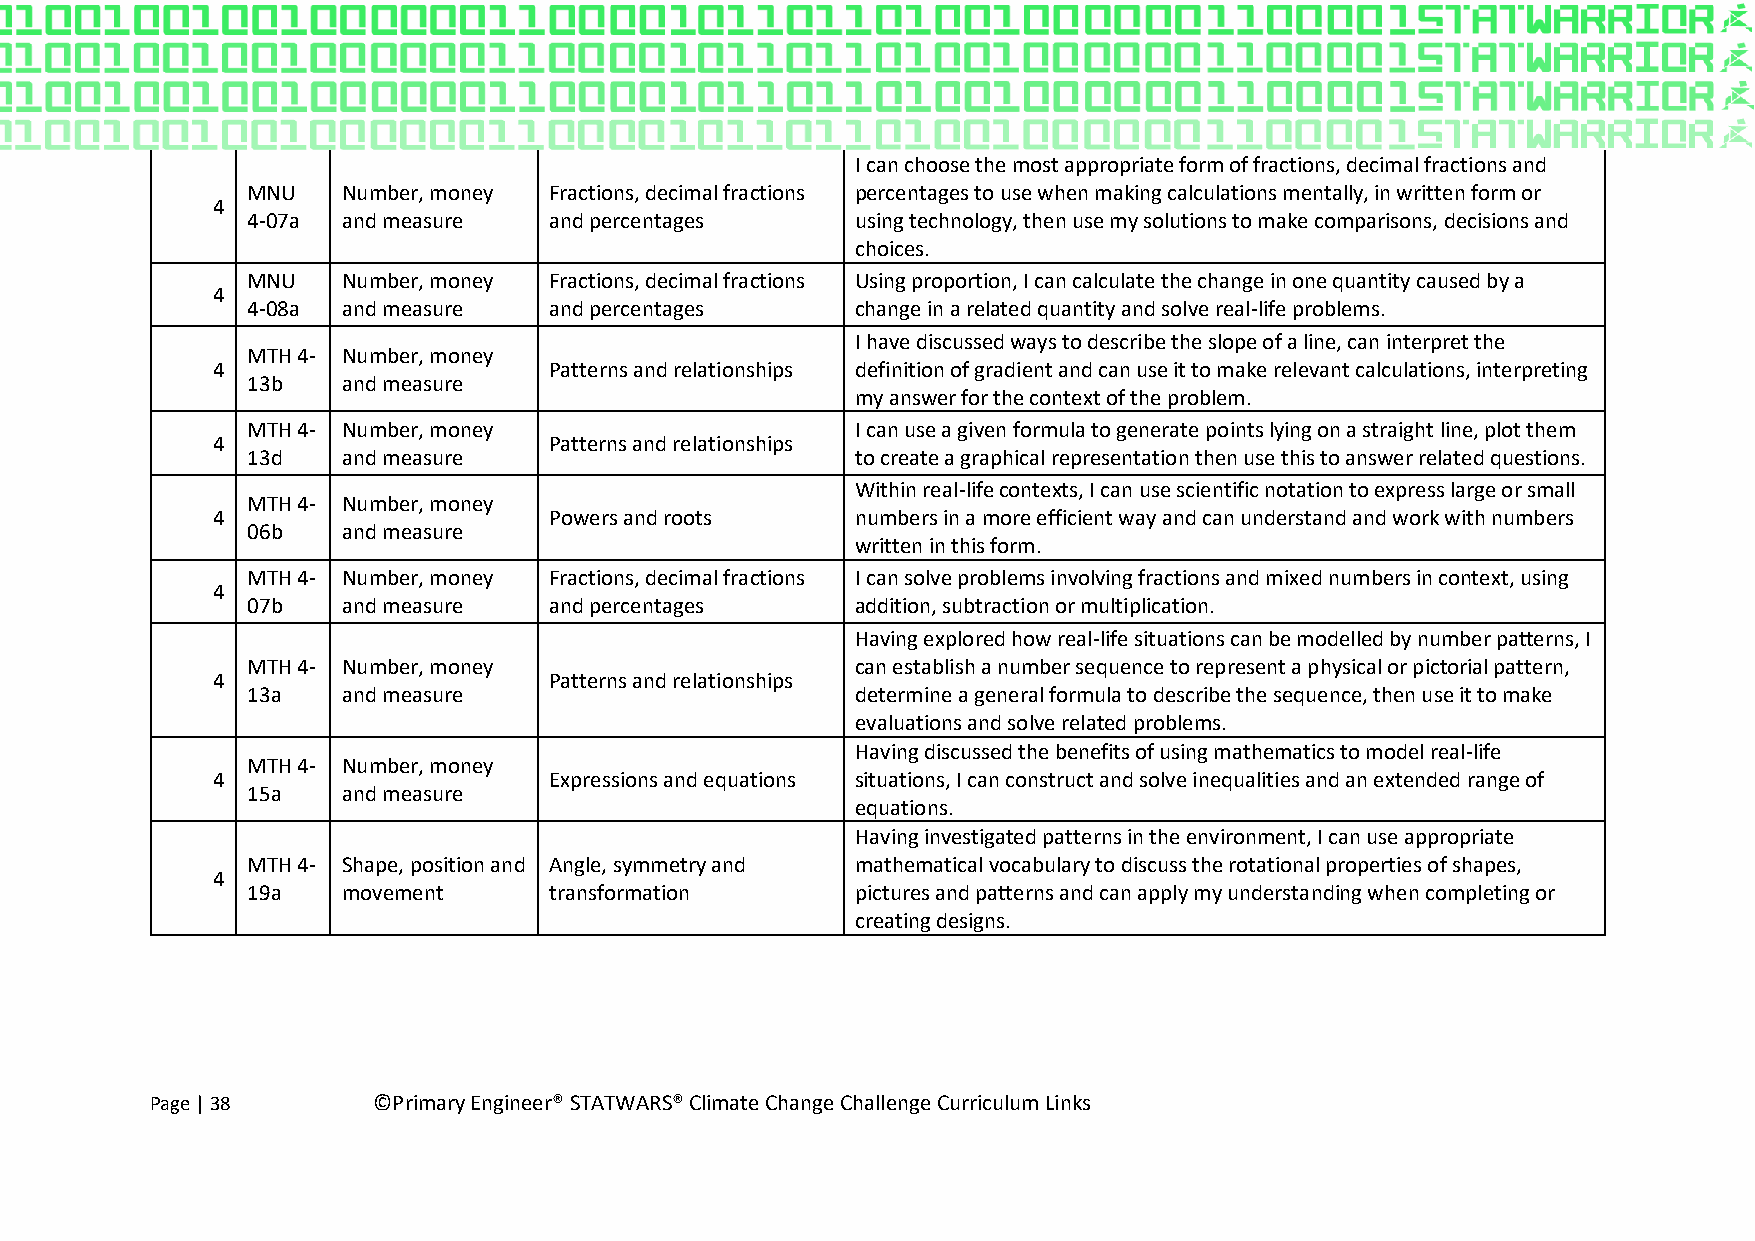
I can choose the most appropriate form of fractions, decimal fractions and
 MNU    Number, money Fractions, decimal fractions percentages to use when making calculations mentally, in written form or
 4
 4-07a  and measure  and percentages      using technology, then use my solutions to make comparisons, decisions and
 choices.
 MNU    Number, money Fractions, decimal fractions Using proportion, I can calculate the change in one quantity caused by a
 4
 4-08a  and measure  and percentages      change in a related quantity and solve real-life problems.
 I have discussed ways to describe the slope of a line, can interpret the
 MTH 4- Number, money
 4                     Patterns and relationships definition of gradient and can use it to make relevant calculations, interpreting
 13b    and measure
 my answer for the context of the problem.
 MTH 4- Number, money                     I can use a given formula to generate points lying on a straight line, plot them
 4                     Patterns and relationships
 13d    and measure                       to create a graphical representation then use this to answer related questions.
 Within real-life contexts, I can use scientific notation to express large or small
 MTH 4- Number, money
 4                     Powers and roots     numbers in a more efficient way and can understand and work with numbers
 06b    and measure
 written in this form.
 MTH 4- Number, money Fractions, decimal fractions I can solve problems involving fractions and mixed numbers in context, using
 4
 07b    and measure  and percentages      addition, subtraction or multiplication.
 Having explored how real-life situations can be modelled by number patterns, I
 MTH 4- Number, money                     can establish a number sequence to represent a physical or pictorial pattern,
 4                     Patterns and relationships
 13a    and measure                       determine a general formula to describe the sequence, then use it to make
 evaluations and solve related problems.
 Having discussed the benefits of using mathematics to model real-life
 MTH 4- Number, money
 4                     Expressions and equations situations, I can construct and solve inequalities and an extended range of
 15a    and measure
 equations.
 Having investigated patterns in the environment, I can use appropriate
 MTH 4- Shape, position and Angle, symmetry and mathematical vocabulary to discuss the rotational properties of shapes,
 4
 19a    movement     transformation       pictures and patterns and can apply my understanding when completing or
 creating designs.
 Page | 38      ©Primary Engineer® STATWARS® Climate Change Challenge Curriculum Links